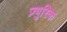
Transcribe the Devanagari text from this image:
ज़्युरिक